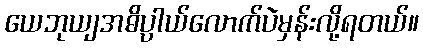
ယေဘုယျအဓိပ္ပာယ်လောက်ပဲမှန်းလို့ရတယ်။